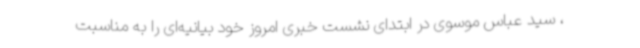
، سید عباس موسوی در ابتدای نشست خبری امروز خود بیانیه‌ای را به مناسبت